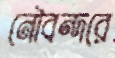
নৌবন্দরে